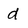
Character: d